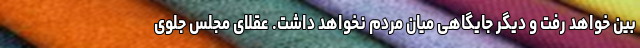
بین خواهد رفت و دیگر جایگاهی میان مردم نخواهد داشت. عقلای مجلس جلوی